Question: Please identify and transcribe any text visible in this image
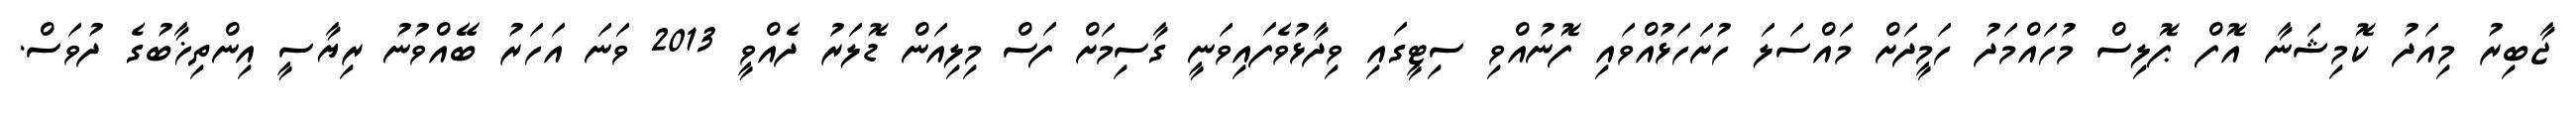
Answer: ޖާބިރު މިއަދު ކޮމިޝަނާ އޮފް ޕޮލިސް މުހައްމަދު ހަމީދަށް މައްސަލަ ހުށަހަޅުއްވައި ފޮނުއްވި ސިޓީގައި ވިދާޅުވެފައިވަނީ ގާސިމަށް ފަސް މިލިއަން ޑޮލަރު ދެއްވީ 2013 ވަނަ އަހަރު ބޭއްވުނު ރިޔާސީ އިންތިޚާބުގެ ދުވަސް.